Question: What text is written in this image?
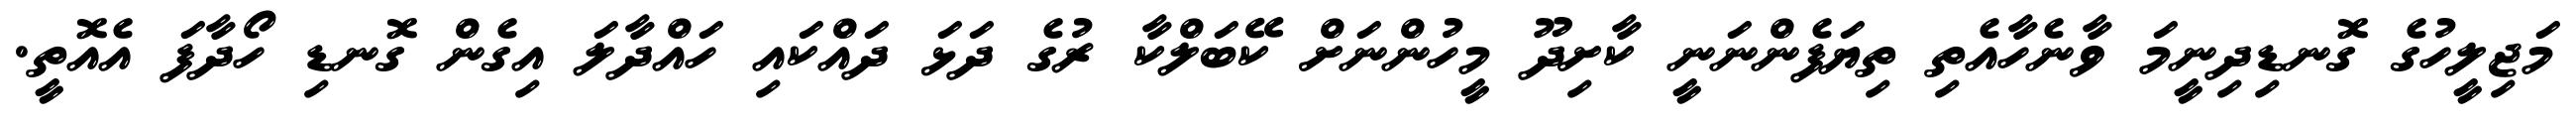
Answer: މަޖިލީހުގެ ގޮނޑިދިނީމަ ވާނެހާއެތި ތިޔަފެންނަނީ ކާށިދޫ މީހުންނަށް ކޭބަލްކާ ރުގެ ދަޅަ ދައްކައި ހައްދާލަ އިގެން ގޮނޑި ހޯދާފަ އެއޮތީ.